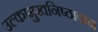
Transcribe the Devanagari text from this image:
उल्कामुखनिष्ठावान